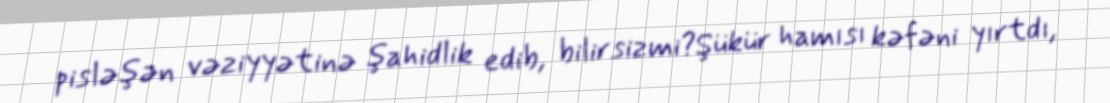
pisləşən vəziyyətinə şahidlik edib, bilirsizmi?Şükür hamısı kəfəni yırtdı,